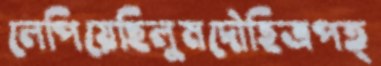
লেপিয়েছিলুমদৌহিত্রপত্